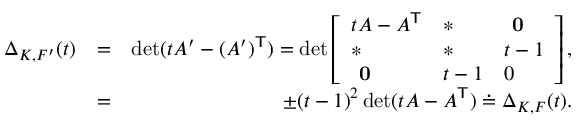
\begin{array} { r l r } { \Delta _ { K , F ^ { \prime } } ( t ) } & { = } & { \operatorname* { d e t } ( t A ^ { \prime } - ( A ^ { \prime } ) ^ { \mathsf { T } } ) = \operatorname* { d e t } \left[ \begin{array} { l l l } { t A - A ^ { \mathsf { T } } } & { * } & { \textbf { 0 } } \\ { * } & { * } & { t - 1 } \\ { \textbf { 0 } } & { t - 1 } & { 0 } \end{array} \right] , } \\ & { = } & { \pm ( t - 1 ) ^ { 2 } \operatorname* { d e t } ( t A - A ^ { \mathsf { T } } ) \doteq \Delta _ { K , F } ( t ) . } \end{array}